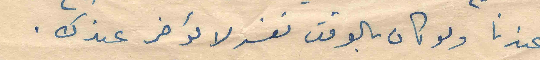
عندنا ولو كان بالوقت نفسه لا يؤخر عندك .